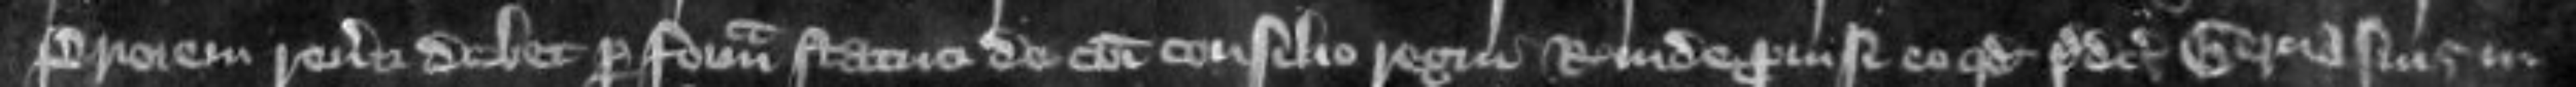
Priorem r everti debet per formam statuti de communi consilio regni regis inde provisi eo quod predictus Gervasius in